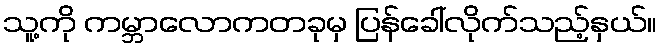
သူ့ကို ကမ္ဘာလောကတခုမှ ပြန်ခေါ်လိုက်သည့်နှယ်။